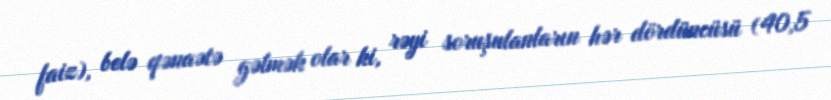
faiz), belə qənaətə gəlmək olar ki, rəyi soruşulanların hər dördüncüsü (40,5